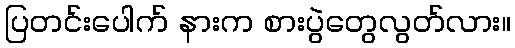
ပြတင်းပေါက် နားက စားပွဲတွေလွတ်လား။